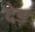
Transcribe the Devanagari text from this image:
देड़